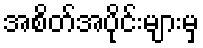
အစိတ်အပိုင်းများမှ